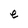
Character: e